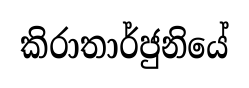
කිරාතාර්ජුනියේ